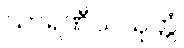
သာရဏီယသုတ္တံ